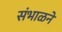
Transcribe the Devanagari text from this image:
संभाळने